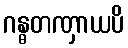
ဂန္ဓတဏှာယပိ